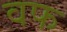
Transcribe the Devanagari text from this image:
वफ